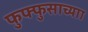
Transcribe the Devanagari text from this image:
फुफ्फुसाच्याा